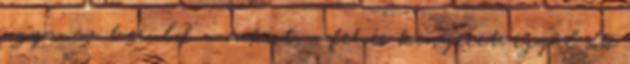
ugyanaz: kerüld a cukrot, a fehér kenyeret, igyál sok